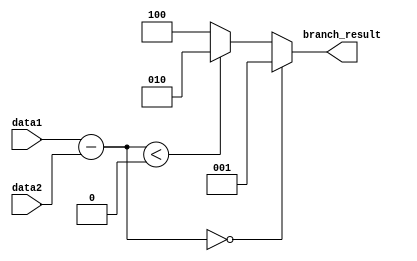
module branch(
    input [31:0] data1,
    input [31:0] data2,
    output reg [2:0] branch_result
);

reg [31:0] res;

always @(*) begin
    res = data1 - data2;
    // data1 = data2
    if (res == 0) begin
        branch_result = 3'b001;
    end
    // data1 < data2
    else if ($signed(res) < 0) begin
        branch_result = 3'b010;
    end
    // data1 > data2
    else begin
        branch_result = 3'b100;
    end  
end

endmodule